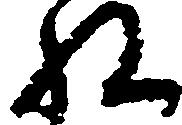
ね